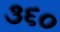
૩૬૦